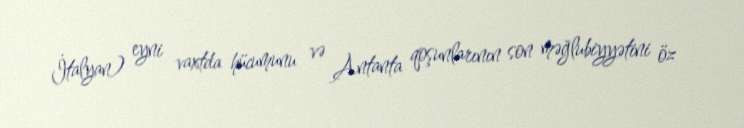
İtalyan) eyni vaxtda hücumunu və Antanta qoşunlarının son məğlubiyyətini öz